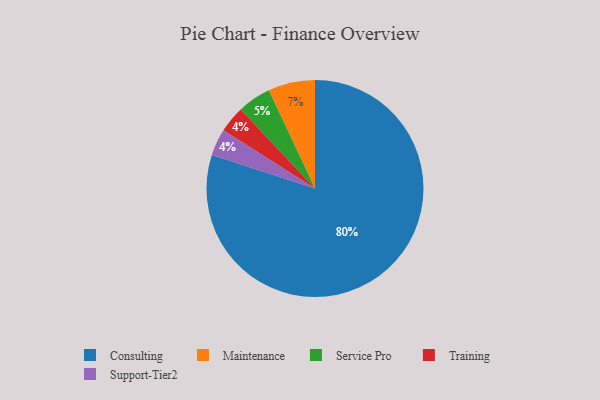
{"axis": {"x": "Category", "y": "Percentage"}, "legend": ["Consulting", "Maintenance", "Service Pro", "Support-Tier2", "Training"], "data": [{"x": "Service Pro", "y": 5, "type": "Service Pro"}, {"x": "Training", "y": 4, "type": "Training"}, {"x": "Consulting", "y": 80, "type": "Consulting"}, {"x": "Maintenance", "y": 7, "type": "Maintenance"}, {"x": "Support-Tier2", "y": 4, "type": "Support-Tier2"}]}